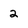
Character: 2